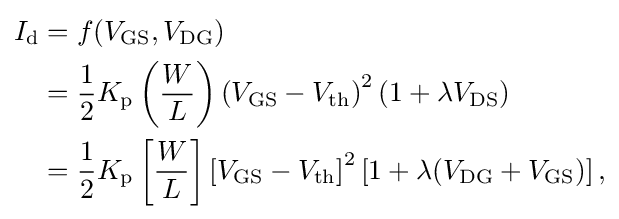
{\begin{aligned}I_{\text{d}}&=f(V_{\text{GS}},V_{\text{DG}})\\&={\frac {1}{2}}K_{\text{p}}\left({\frac {W}{L}}\right)\left(V_{\text{GS}}-V_{\text{th}}\right)^{2}\left(1+\lambda V_{\text{DS}}\right)\\&={\frac {1}{2}}K_{\text{p}}\left[{\frac {W}{L}}\right]\left[V_{\text{GS}}-V_{\text{th}}\right]^{2}\left[1+\lambda (V_{\text{DG}}+V_{\text{GS}})\right],\\\end{aligned}}